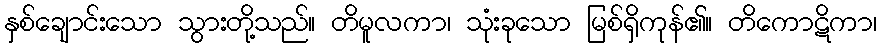
နှစ်ချောင်းသော သွားတို့သည်။ တိမူလကာ၊ သုံးခုသော မြစ်ရှိကုန်၏။ တိကောဋိကာ၊